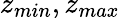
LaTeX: z_{min},z_{max}